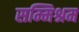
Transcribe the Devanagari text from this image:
सम्मिश्रम